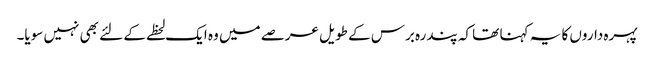
پہرہ داروں کا یہ کہنا تھا کہ پندرہ برس کے طویل عرصے میں وہ ایک لحظے کے لئے بھی نہیں سویا۔